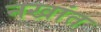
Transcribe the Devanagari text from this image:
नखांत